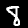
Label: 8